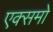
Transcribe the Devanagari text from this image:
एक्समो